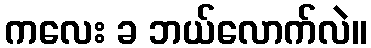
ကလေး ခ ဘယ်လောက်လဲ။